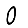
Digit: 0